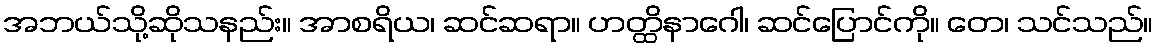
အဘယ်သို့ဆိုသနည်း။ အာစရိယ၊ ဆင်ဆရာ။ ဟတ္ထိနာဂေါ၊ ဆင်ပြောင်ကို။ တေ၊ သင်သည်။